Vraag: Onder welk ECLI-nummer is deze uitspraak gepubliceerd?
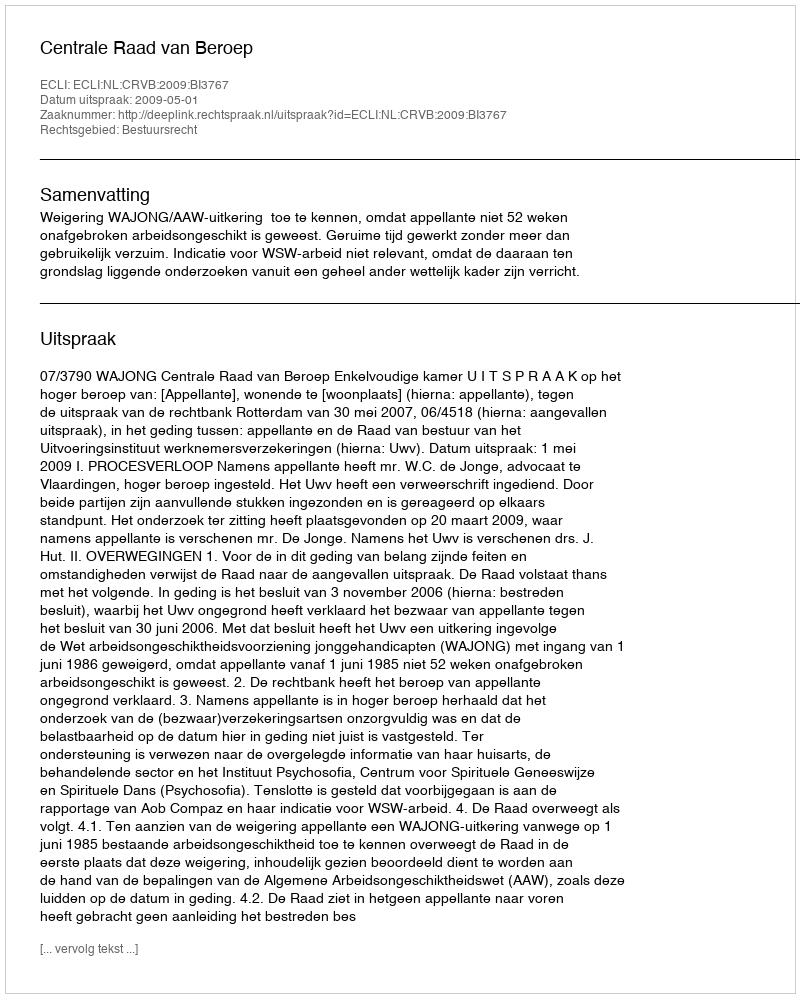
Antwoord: ECLI:NL:CRVB:2009:BI3767